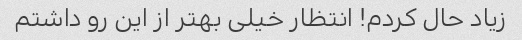
زیاد حال کردم! انتظار خیلی بهتر از این رو داشتم